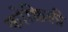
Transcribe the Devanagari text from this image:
कोक्किली